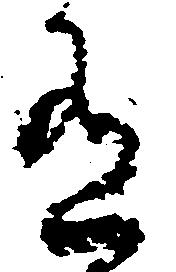
有